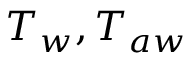
T _ { w } , T _ { a w }